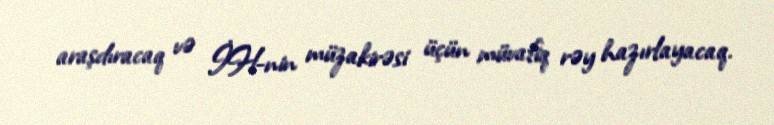
araşdıracaq və İH-nin müzakirəsi üçün müvafiq rəy hazırlayacaq.